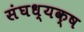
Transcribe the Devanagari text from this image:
संघध्यक्ष